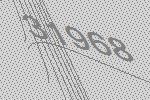
31968